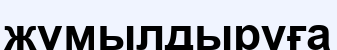
жүмылдыруға